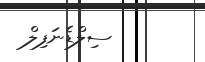
ސިލްޑެނަފިލް